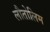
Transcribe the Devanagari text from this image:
लौतोलिम